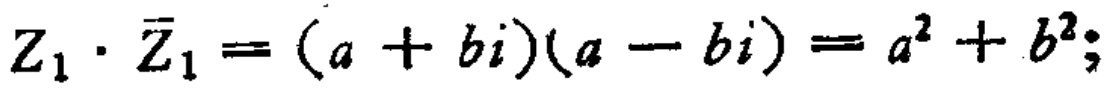
\(Z_{1}\cdot \overline{Z}_{1}=(a + bi)(a - bi)=a^{2}+b^{2};\)